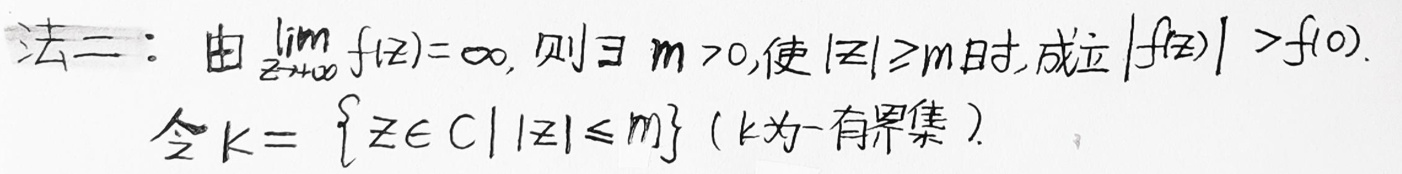
法二：由$\lim_{z\rightarrow \infty} f(z)=\infty$，则$\exists\ m > 0$，使$|z|\geq m$时，成立$|f(z)|>f(0)$.
令$K = \{z\in\mathbb{C}\mid |z|\leq m\}$（$K$为一有界集）.